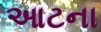
આટના